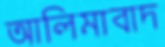
আলিমাবাদ